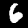
Digit: 6